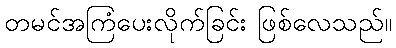
တမင်အကြံပေးလိုက်ခြင်း ဖြစ်လေသည်။